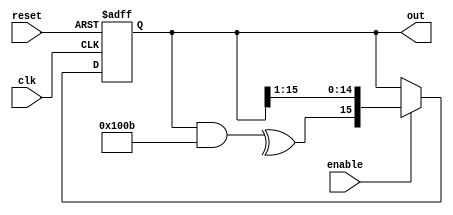
// This program was cloned from: https://github.com/DigitalDesignSchool/ce2020labs
// License: MIT License

`timescale 1ns / 1ps

module lfsr_fibonacci #(
    parameter WIDTH  = 16,
              TAPS   = 16'b1000000001011,
              INVERT = 0
             )
(
    input                    clk,
    input                    reset,
    input                    enable,
    output reg [WIDTH - 1:0] out
);
    wire feedback = (^(out & TAPS)) ^ INVERT;
    
    always @(posedge clk or posedge reset)
        if (reset) 
            out <= { { WIDTH - 1 { 1'b0 } }, 1'b1 };
        else if (enable) 
            out <= { feedback, out [WIDTH - 1:1] };
            
endmodule